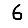
Digit: 6